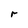
Character: r